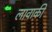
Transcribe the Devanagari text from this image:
लावाकी